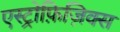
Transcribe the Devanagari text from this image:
एस्ट्रोफ़िज़िक्स